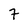
Character: 7